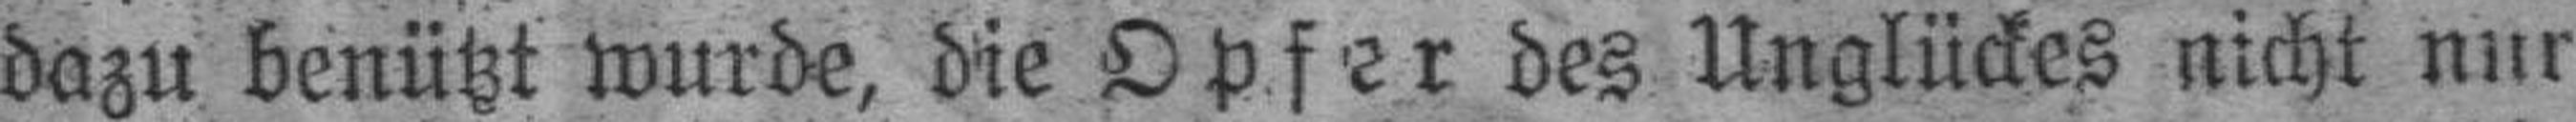
dazu benützt wurde, die Opfer des Unglückes nicht nur